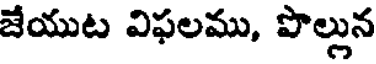
జేయుట విఫలము, పొల్లున